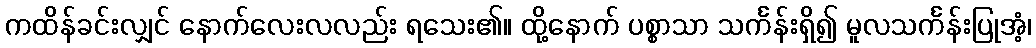
ကထိန်ခင်းလျှင် နောက်လေးလလည်း ရသေး၏။ ထို့နောက် ပစ္စာသာ သင်္ကန်းရှိ၍ မူလသင်္ကန်းပြုအံ့၊